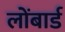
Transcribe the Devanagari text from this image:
लोंबार्ड